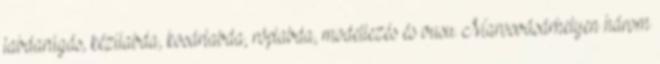
labdarúgás, kézilabda, kosárlabda, röplabda, modellezés és vusu. Marosvásárhelyen három